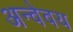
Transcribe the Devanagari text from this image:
अन्वेवय